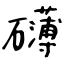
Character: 礴